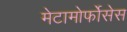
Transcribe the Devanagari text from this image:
मेटामोर्फोसेस